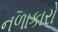
નળાકારો